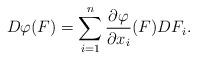
LaTeX: \begin{align*}D\varphi (F)=\sum_{i=1}^{n}\frac{\partial \varphi }{\partial x_{i}}(F)DF_{i}.\end{align*}